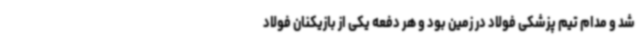
شد و مدام تیم پزشکی فولاد در زمین بود و هر دفعه یکی از بازیکنان فولاد